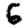
Digit: 6